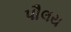
પૌલય